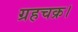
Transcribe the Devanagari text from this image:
ग्रहचक्र।